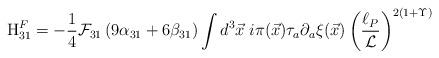
LaTeX: \begin{align*}{\rm H}_{31}^{F}=-\frac{1}{4}{\cal F}_{31}\left( 9\alpha _{31}+6\beta_{31}\right) \int d^{3}{\vec{x}}\;i\pi ({\vec{x}})\tau _{a}\partial _{a}{\xi }(\vec{x})\left( \frac{\ell _{P}}{{\cal L}}\right) ^{2\left( 1+\Upsilon\right) }\end{align*}